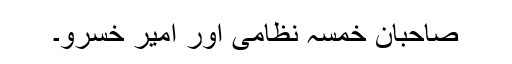
صاحبانِ خمسہ نظامی اور امیر خُسرَو۔